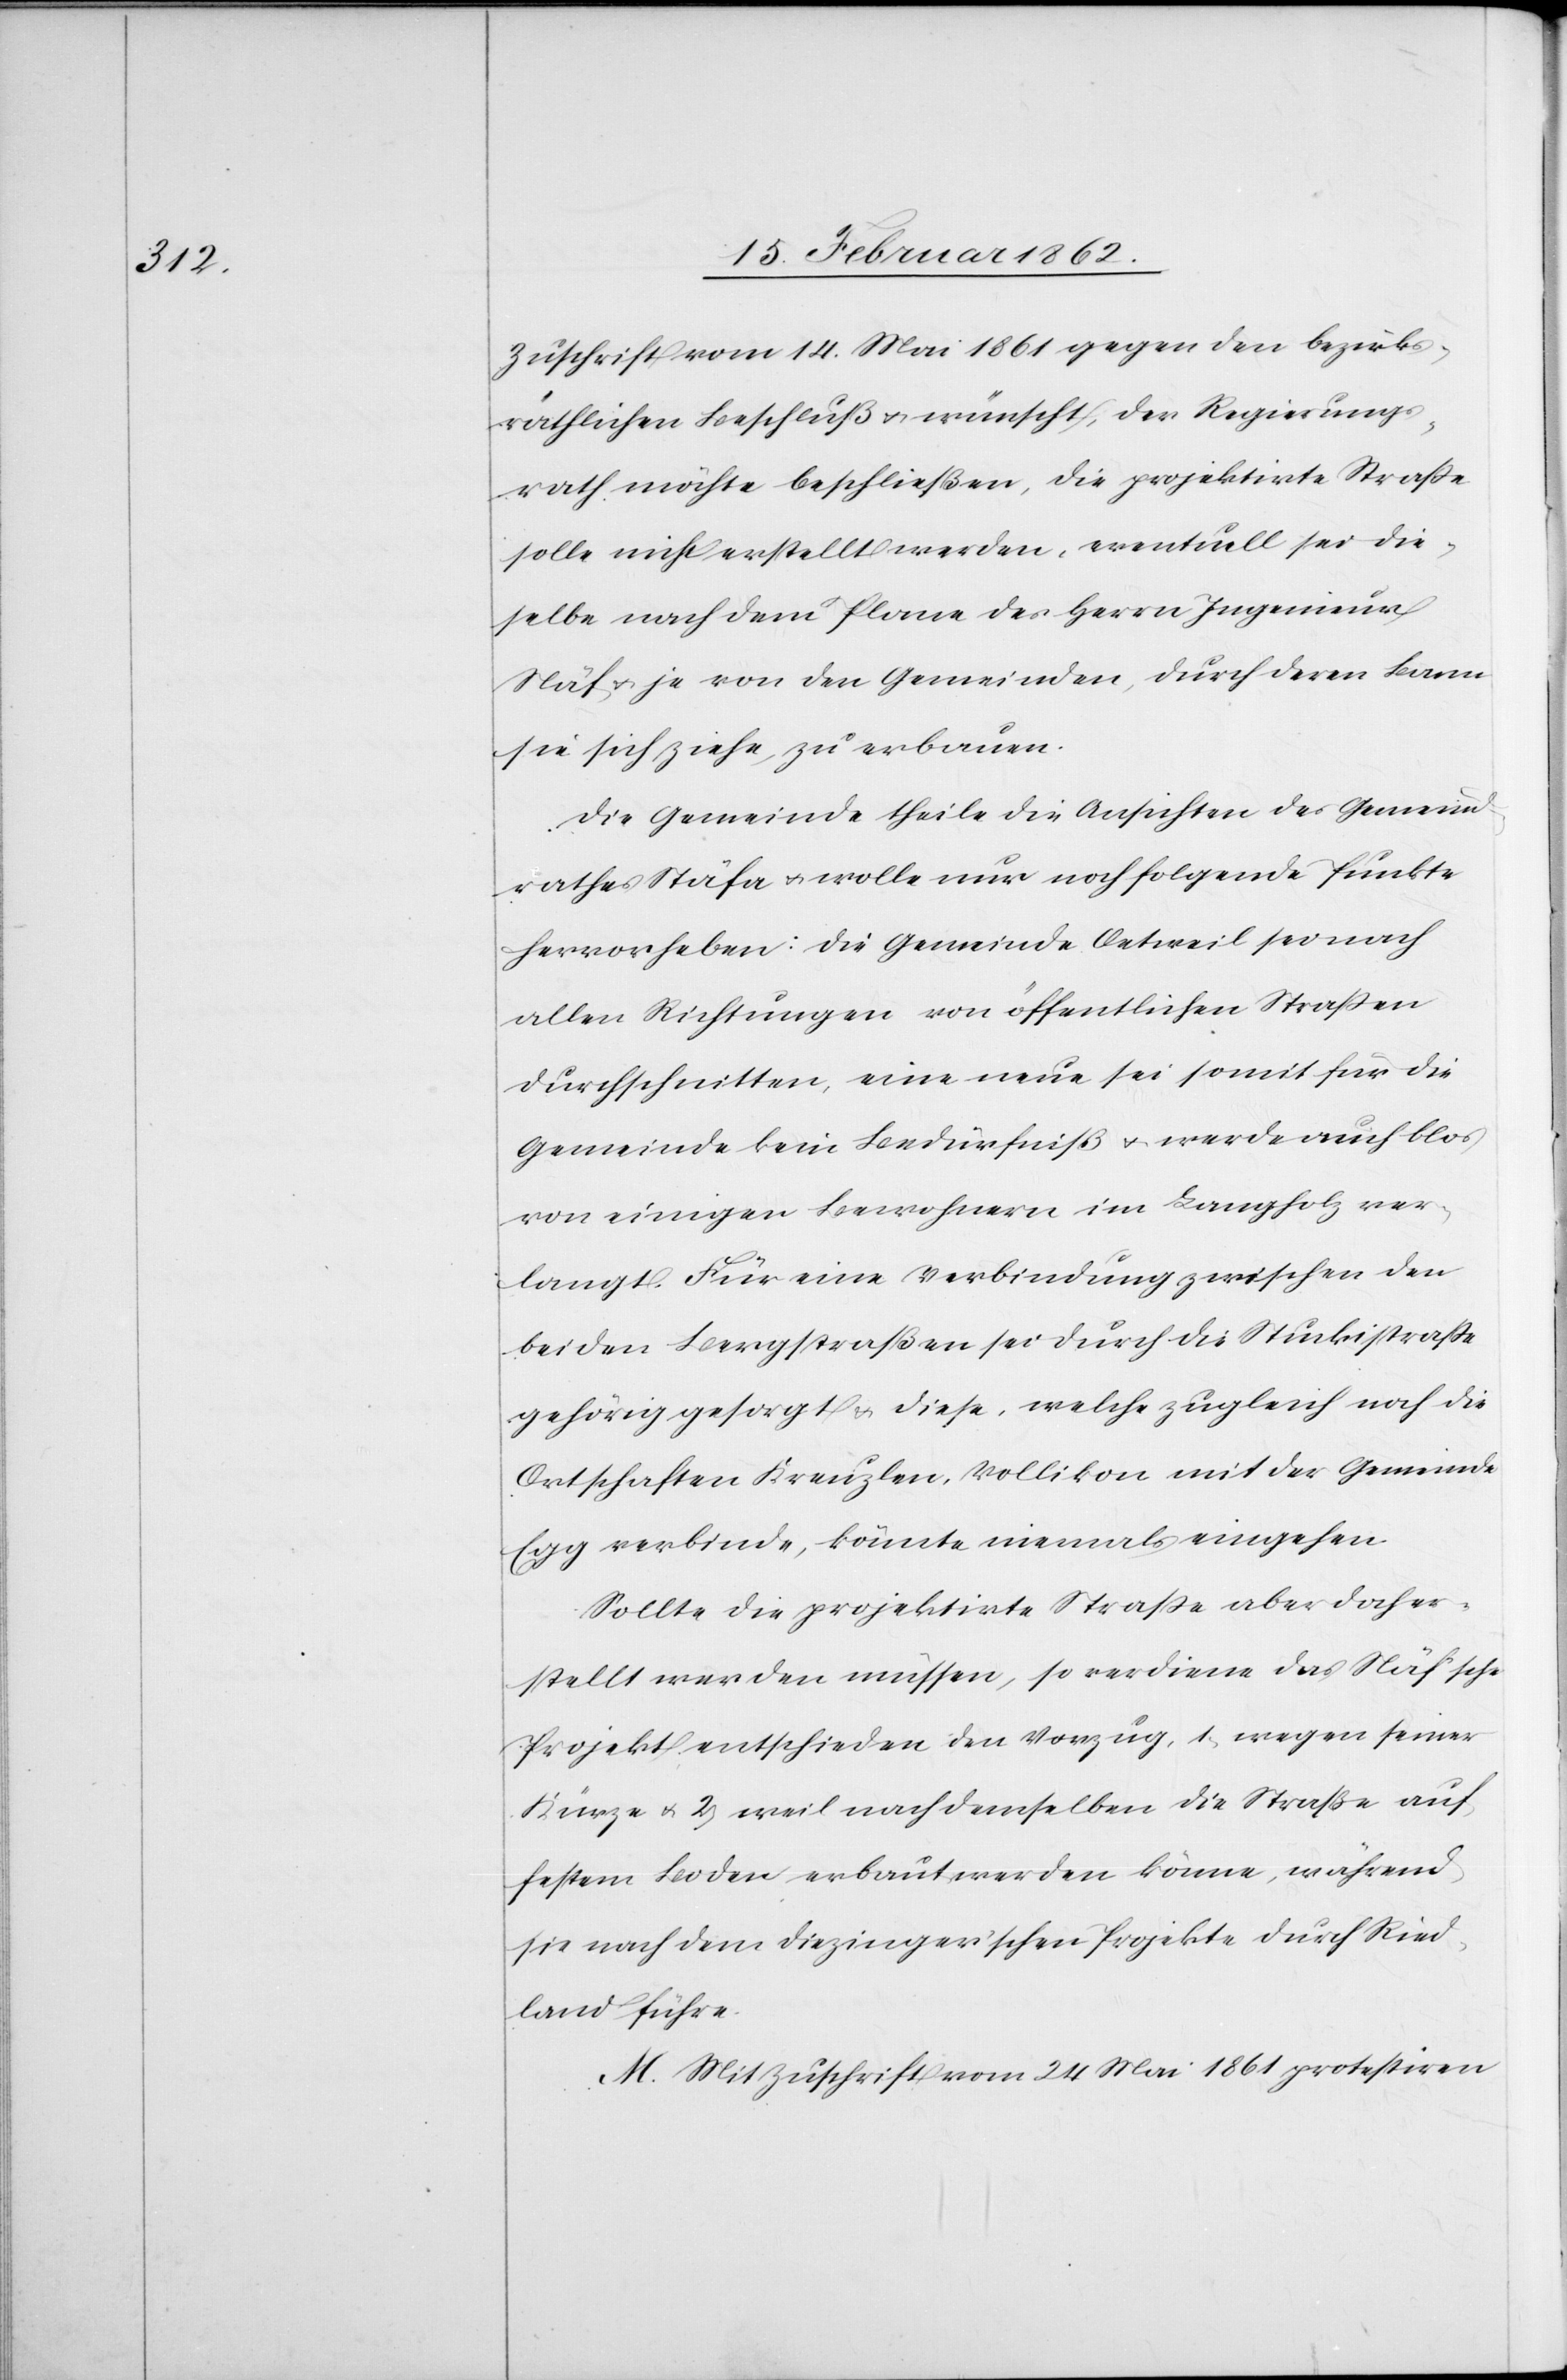
Zuschrift vom 14. Mai 1861 gegen den bezirks¬
räthlichen Beschluß u. wünscht, der Regierungs¬
rath möchte beschließen, die projektirte Straße
solle nicht erstellt werden, eventuell sei die¬
selbe nach dem Plane des Herrn Ingenieur
Näf u. je von den Gemeinden, durch deren Bann
sie sich ziehe, zu erbauen.
Die Gemeinde theile die Ansichten des Gemeind¬
rathes Stäfa u. wolle nur noch folgende Punkte
hervorheben: die Gemeinde Oetweil sei nach
allen Richtungen von öffentlichen Straßen
durchschnitten, eine neue sei somit für die
Gemeinde kein Bedürfniß u. werde auch blos
von einigen Bewohnern im Langholz ver¬
langt. Für eine Verbindung zwischen den
beiden Bergstraßen sei durch die Stuckistraße
gehörig gesorgt & diese, welche zugleich noch die
Ortschaften Kreuzlen, Vollikon mit der Gemeinde
Egg verbinde, könnte niemals eingehen.
Sollte die projektirte Straße aber doch er¬
stellt werden müssen, so verdiene das Näfsche
Projekt entschieden den Vorzug, 1) wegen seiner
Kürze u. 2) weil nach demselben die Straße auf
festem Boden erbaut werden könne, während
sie nach dem Diezinger’schen Projekte durch Ried¬
land führe.
M. Mit Zuschrift vom 24 Mai 1861 protestiren